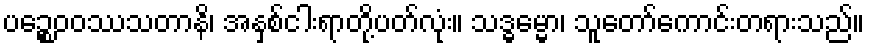
ပဉ္စေဝဝဿသတာနိ၊ အနှစ်ငါးရာတို့ပတ်လုံး။ သဒ္ဓမ္မော၊ သူတော်ကောင်းတရားသည်။